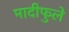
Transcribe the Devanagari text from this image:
मादीफुले